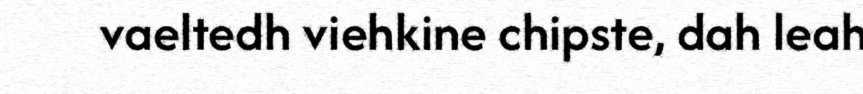
vaeltedh viehkine chipste, dah leah